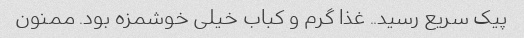
پیک سریع رسید.. غذا گرم و کباب خیلی خوشمزه بود. ممنون